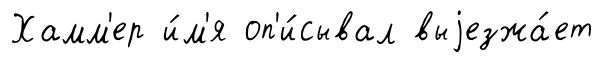
Хамм'ер и́м'я оп'и́сывал выjезжа́ет